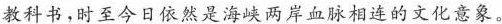
教科书，时至今日依然是海峡两岸血脉相速的文化意象。